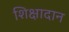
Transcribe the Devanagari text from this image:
शिक्षादान